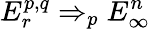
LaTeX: E_{r}^{p,q}\Rightarrow_{p}E_{\infty}^{n}